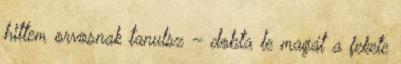
hittem orvosnak tanulsz – dobta le magát a fekete